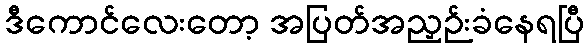
ဒီကောင်လေးတော့ အပြတ်အညှဉ်းခံနေရပြီ